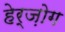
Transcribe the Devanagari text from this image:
हेर्ज़ोग